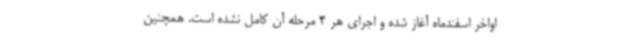
اواخر اسفندماه آغاز شده و اجرای هر 4 مرحله آن کامل نشده است. همچنین